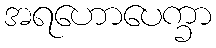
အရဟောပေက္ခာ